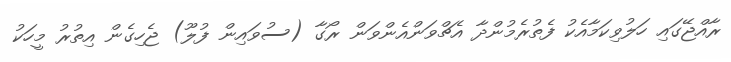
ރާއްޖޭގައި ހަލުވިކަމާއެކު ފެތުރެމުންދާ އެޗްވަންއެންވަން ރޯގާ (ސުވައިން ފުލޫ) ޖެހިގެން އިތުރު މީހަކު